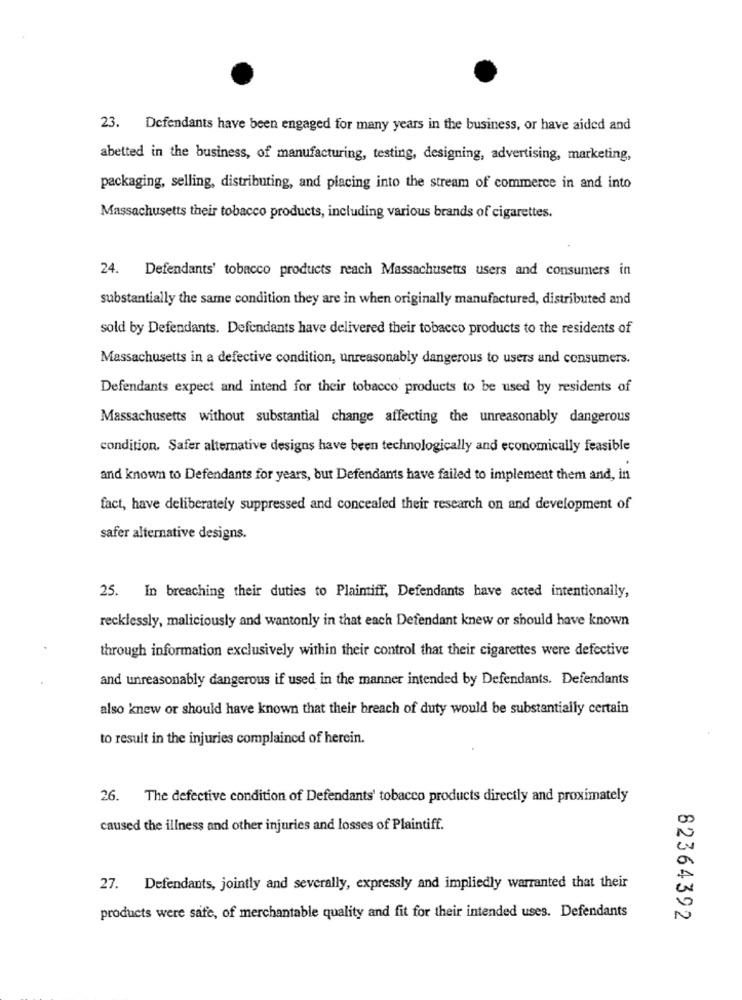
23. Defendants have been engaged for many years in the business, or have aided and
abetted in the business, of manufacturing, testing, designing, advertising, marketing,
packaging, selling, distributing, and placing into the stream of commerce in and into
Massachusetts their tobacco products, including various brands of cigarettes.
24. Defendants' tobacco products reach Massachusetts users and consumers in
substantially the same condition they are in when originally manufactured, distributed and
sold by Defendants. Defendants have delivered their tobacco products to the residents of
Massachusetts in a defective condition, unreasonably dangerous to users and consumers.
Defendants expect and intend for their tobacco products to be used by residents of
Massachusetts without substantial change affecting the unreasonably dangerous
condition. Safer alternative designs have been technologically and economically feasible
and known to Defendants for years, but Defendants have failed to implement them and, in
fact, have deliberately suppressed and concealed their research on and development of
safer alternative designs.
25. In breaching their duties to Plaintiff, Defendants have acted intentionally,
recklessly, maliciously and wantonly in that each Defendant knew or should have known
through information exclusively within their control that their cigarettes were defective
and unreasonably dangerous if used in the manner intended by Defendants. Defendants
also knew or should have known that their breach of duty would be substantially certain
to result in the injuries complained of herein.
26. The defective condition of Defendants' tobacco products directly and proximately
caused the illness and other injuries and losses of Plaintiff.
27. Defendants, jointly and severally, expressly and impliedly warranted that their
products were safe, of merchantable quality and fit for their intended uses. Defendants
82364392